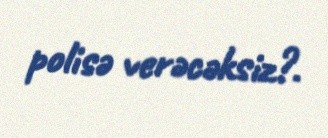
polisə verəcəksiz?.